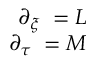
\begin{array} { r } { \partial _ { \xi } { \bf \Psi } = L { \bf \Psi } } \\ { \partial _ { \tau } { \bf \Psi } = M { \bf \Psi } } \end{array}